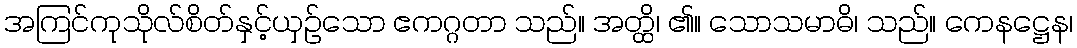
အကြင်ကုသိုလ်စိတ်နှင့်ယှဉ်သော ဧကဂ္ဂတာ သည်။ အတ္ထိ၊ ၏။ သောသမာဓိ၊ သည်။ ကေနဋ္ဌေန၊